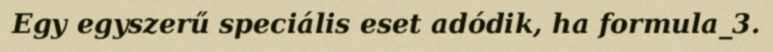
Egy egyszerű speciális eset adódik, ha formula_3.